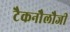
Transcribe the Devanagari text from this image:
टैकनौेलौजी